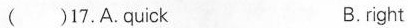
( )17.A.quick B.right